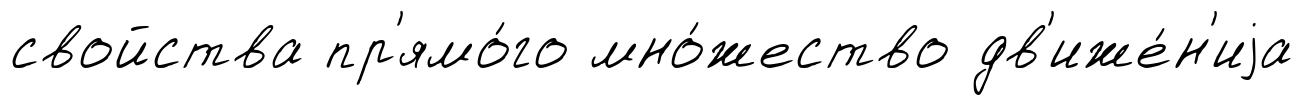
свойства пр'ямо́го мно́жество дв'иже́н'иjа